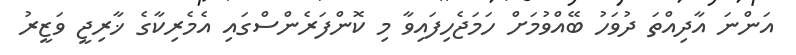
އަންނަ އާދިއްތަ ދުވަހު ބޭއްވުމަށް ހަމަޖެހިފައިވާ މި ކޮންފަރެންސްގައި އެމެރިކާގެ ޚާރިޖީ ވަޒީރު